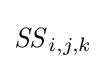
{\mathit {SS}}_{i,j,k}